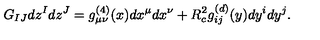
G _ { I J } d z ^ { I } d z ^ { J } = g _ { \mu \nu } ^ { ( 4 ) } ( x ) d x ^ { \mu } d x ^ { \nu } + R _ { c } ^ { 2 } g _ { i j } ^ { ( d ) } ( y ) d y ^ { i } d y ^ { j } .